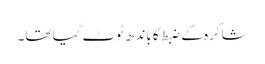
شاکرہ کے ضبط کا باندھ ٹوٹ گیا تھا۔